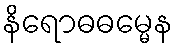
နိရောဓဓမ္မေန